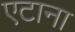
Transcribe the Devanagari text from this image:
एटाना